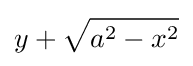
y+{\sqrt {a^{2}-x^{2}}}